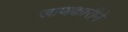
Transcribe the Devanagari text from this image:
जाणकारीने